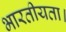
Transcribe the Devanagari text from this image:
भारतीयता।